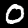
Digit: 0